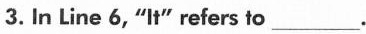
3. In Line 6,"It" refers to___